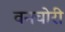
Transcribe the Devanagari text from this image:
वनचोरी